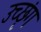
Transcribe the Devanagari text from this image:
उच्छृंग